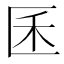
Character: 𰅤